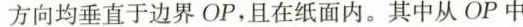
方向均垂直于边界OP，且在纸面内。其中从OP中